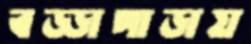
বড্ডাপাড়ায়